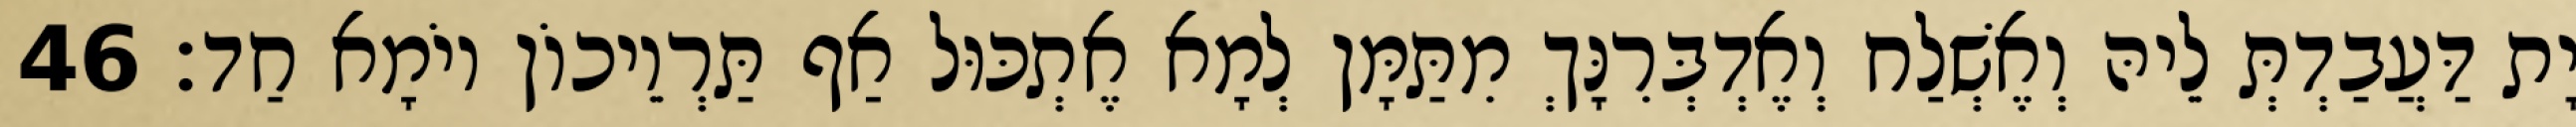
יָת דַּעֲבַדְתְּ לֵיהּ וְאֶשְׁלַח וְאֶדְבְּרִנָּךְ מִתַּמָּן לְמָא אֶתְכּוּל אַף תַּרְוֵיכוֹן יוֹמָא חַד׃ 46